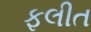
ફલીત